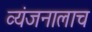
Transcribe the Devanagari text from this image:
व्यंजनालाच